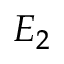
E _ { 2 }